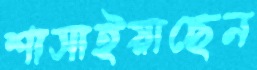
শাসাইয়াছেন